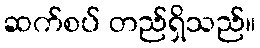
ဆက်စပ် တည်ရှိသည်။